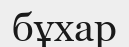
бұхар